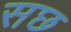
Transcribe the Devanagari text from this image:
सछ